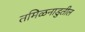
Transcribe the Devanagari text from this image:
तमिळनाडुतील